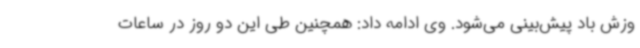
وزش باد پیش‌بینی می‌شود. وی ادامه داد: همچنین طی این دو روز در ساعات